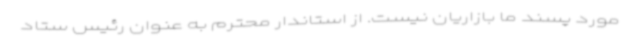
مورد پسند ما بازاریان نیست. از استاندار محترم به عنوان رئیس ستاد